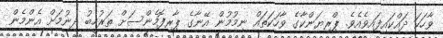
ވާހަކަ ދައްކައިފައިވެއެވެ. ޕްރިޔަންކާގެ ވާހަކަތައް ނިމުމުން އޭނާގެ ޕާރފޮމެންސަށް ތަރުހީބު ދިނުމަށް އެންމެން